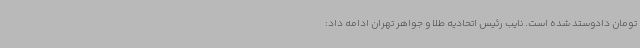
تومان دادوستد شده است. نایب رئیس اتحادیه طلا و جواهر تهران ادامه داد: